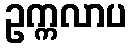
ဥက္ကလာပ